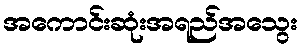
အကောင်းဆုံးအရည်အသွေး